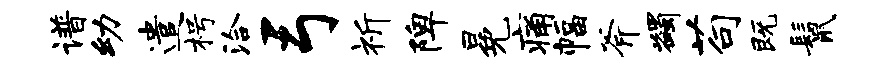
谱幼遣枵洽弓祈陴冕痛幅斧蠲苟既鬣